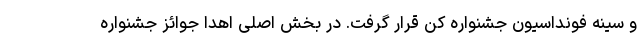
و سینه فونداسیون جشنواره کن قرار گرفت. در بخش اصلی اهدا جوائز جشنواره